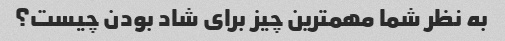
به نظر شما مهمترین چیز برای شاد بودن چیست؟